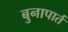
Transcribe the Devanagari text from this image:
बुनापार्त